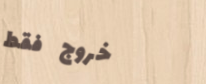
خروج فقط